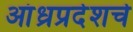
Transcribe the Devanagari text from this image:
आंध्रप्रदेशचे